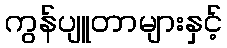
ကွန်ပျူတာများနှင့်